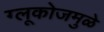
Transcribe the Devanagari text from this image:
ग्लूकोजमुळे